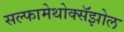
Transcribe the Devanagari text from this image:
सल्फामेथोक्सॅझोल